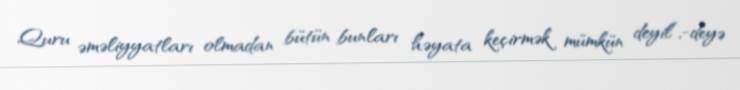
Quru əməliyyatları olmadan bütün bunları həyata keçirmək mümkün deyil”,-deyə